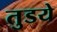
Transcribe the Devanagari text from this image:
तुडये